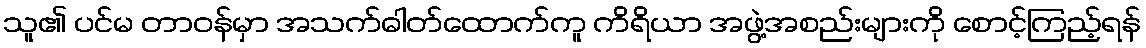
သူ၏ ပင်မ တာဝန်မှာ အသက်ဓါတ်ထောက်ကူ ကိရိယာ အဖွဲ့အစည်းများကို စောင့်ကြည့်ရန်